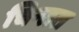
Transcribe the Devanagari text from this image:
चिन्तत